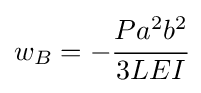
w_{B}=-{\cfrac {Pa^{2}b^{2}}{3LEI}}